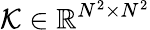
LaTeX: {\cal K}\in\mathbb{R}^{N^{2}\times N^{2}}